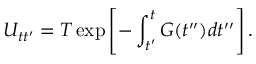
U _ { t t ^ { \prime } } = T \exp \left[ - \int _ { t ^ { \prime } } ^ { t } G ( t ^ { \prime \prime } ) d t ^ { \prime \prime } \right] .